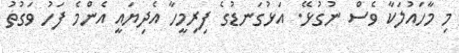
މި މާހައުލަކާ ވެސް ނުގުޅޭ. އަޅުގަނޑުގެ ފިރިމީހާ އެދިޔައީ އެންމެ ފަހު ވަގުތު